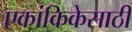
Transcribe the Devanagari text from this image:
एकांकिकेसाठी